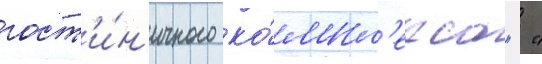
гост'и́н'ичного ко́мпл'екса " "